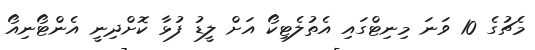
މެޗުގެ 10 ވަނަ މިނިޓްގައި އެތުލެޓިކޯ އަށް ލީޑު ފުޅާ ކޮށްދިނީ އެންޓޯނިއޯ